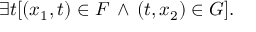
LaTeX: \exists t [ ( x _ { 1 } , t ) \in F \, \land \, ( t , x _ { 2 } ) \in G ] .